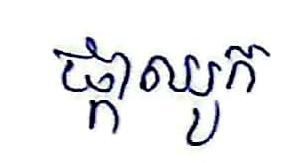
ផ្កាឈូក